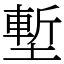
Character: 塹